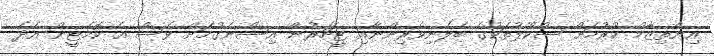
އިންތިޒާމް ކުރުމަށް ސްކޫލުތަކުގެ ބެލެނިވެރިންނާއި ޓީޗަރުން އިސްނެގުމަށް ވެސް އެ ކޮމެޓީން އެދެ